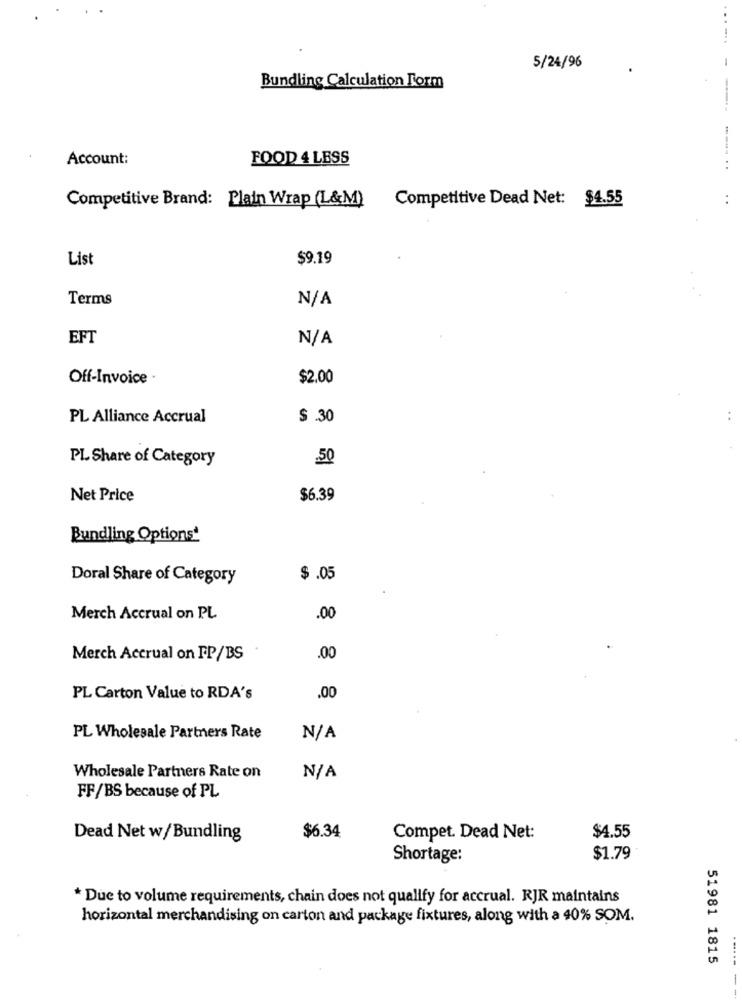
5/24/96
Bundling Calculation Form
----
Account:
FOOD 4 LESS
Competitive Brand: Plain Wrap (L&M)
Competitive Dead Net: $4.55
List
$9.19
Terms
EFT
Off-Invoice -
$2.00
PL Alliance Accrual
$ .30
PL Share of Category
.50
Net Price
$6.39
Bundling Options'
Doral Share of Category
$.05
Merch Accrual on PL
.00
Merch Accrual on FP/BS
.00
PL Carton Value to RDA's
.00
PL Wholesale Partners Rate
Wholesale Partners Rate on
FF/BS because of PL
$6.34
Dead Net w/Bundling
Compet. Dead Net:
$4.55
Shortage:
$1.79
* Due to volume requirements, chain does not qualify for accrual. RJR maintains
horizontal merchandising on carton and package fixtures, along with a 40% SOM.
51981 1815
-----